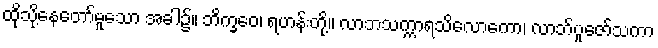
ထိုသို့နေတော်မူသော အခါ၌။ ဘိက္ခဝေ၊ ရဟန်းတို့။ လာဘသက္ကာရသိလောကော၊ လာဘ်ပူဇော်သကာ